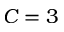
C = 3